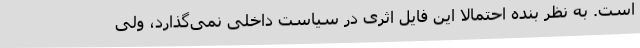
است. به نظر بنده احتمالا این فایل اثری در سیاست داخلی نمی‌گذارد، ولی